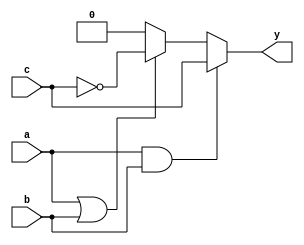
module combinational_logic (
    input wire a,          // Input signal a
    input wire b,          // Input signal b
    input wire c,          // Input signal c
    output reg y           // Output signal y
);

    // Combinational logic block
    always @(*) begin
        // Example logic: y is the result of some combination of a, b, and c
        if (a && b) begin
            y = c;         // If both a and b are high, output c
        end else if (a || b) begin
            y = ~c;        // If either a or b is high, output NOT c
        end else begin
            y = 1'b0;      // If neither a nor b is high, output 0
        end
    end

endmodule